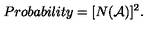
P r o b a b i l i t y = [ N ( { \cal A } ) ] ^ { 2 } .